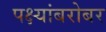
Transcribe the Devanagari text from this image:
पक्ष्यांबरोबर